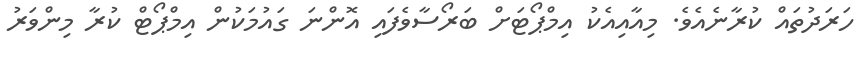
ހަރަދުތައް ކުރާނެއެވެ. މިއާއިއެކު އިމްޕޯޓަށް ބަރޯސާވެފައި އޮންނަ ގައުމަކުން އިމްޕޯޓް ކުރާ މިންވަރު